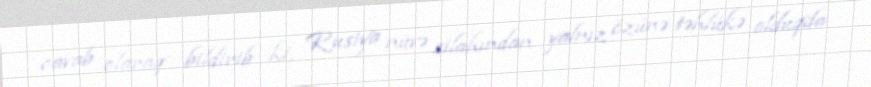
cavab olaraq bildirib ki, Rusiya nüvə silahından yalnız özünə təhlükə olduqda